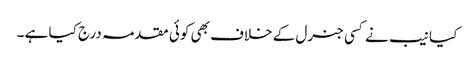
کیا نیب نے کسی جنرل کے خلاف بھی کوئی مقدمہ درج کیا ہے ۔